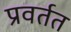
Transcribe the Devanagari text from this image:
प्रवर्तत